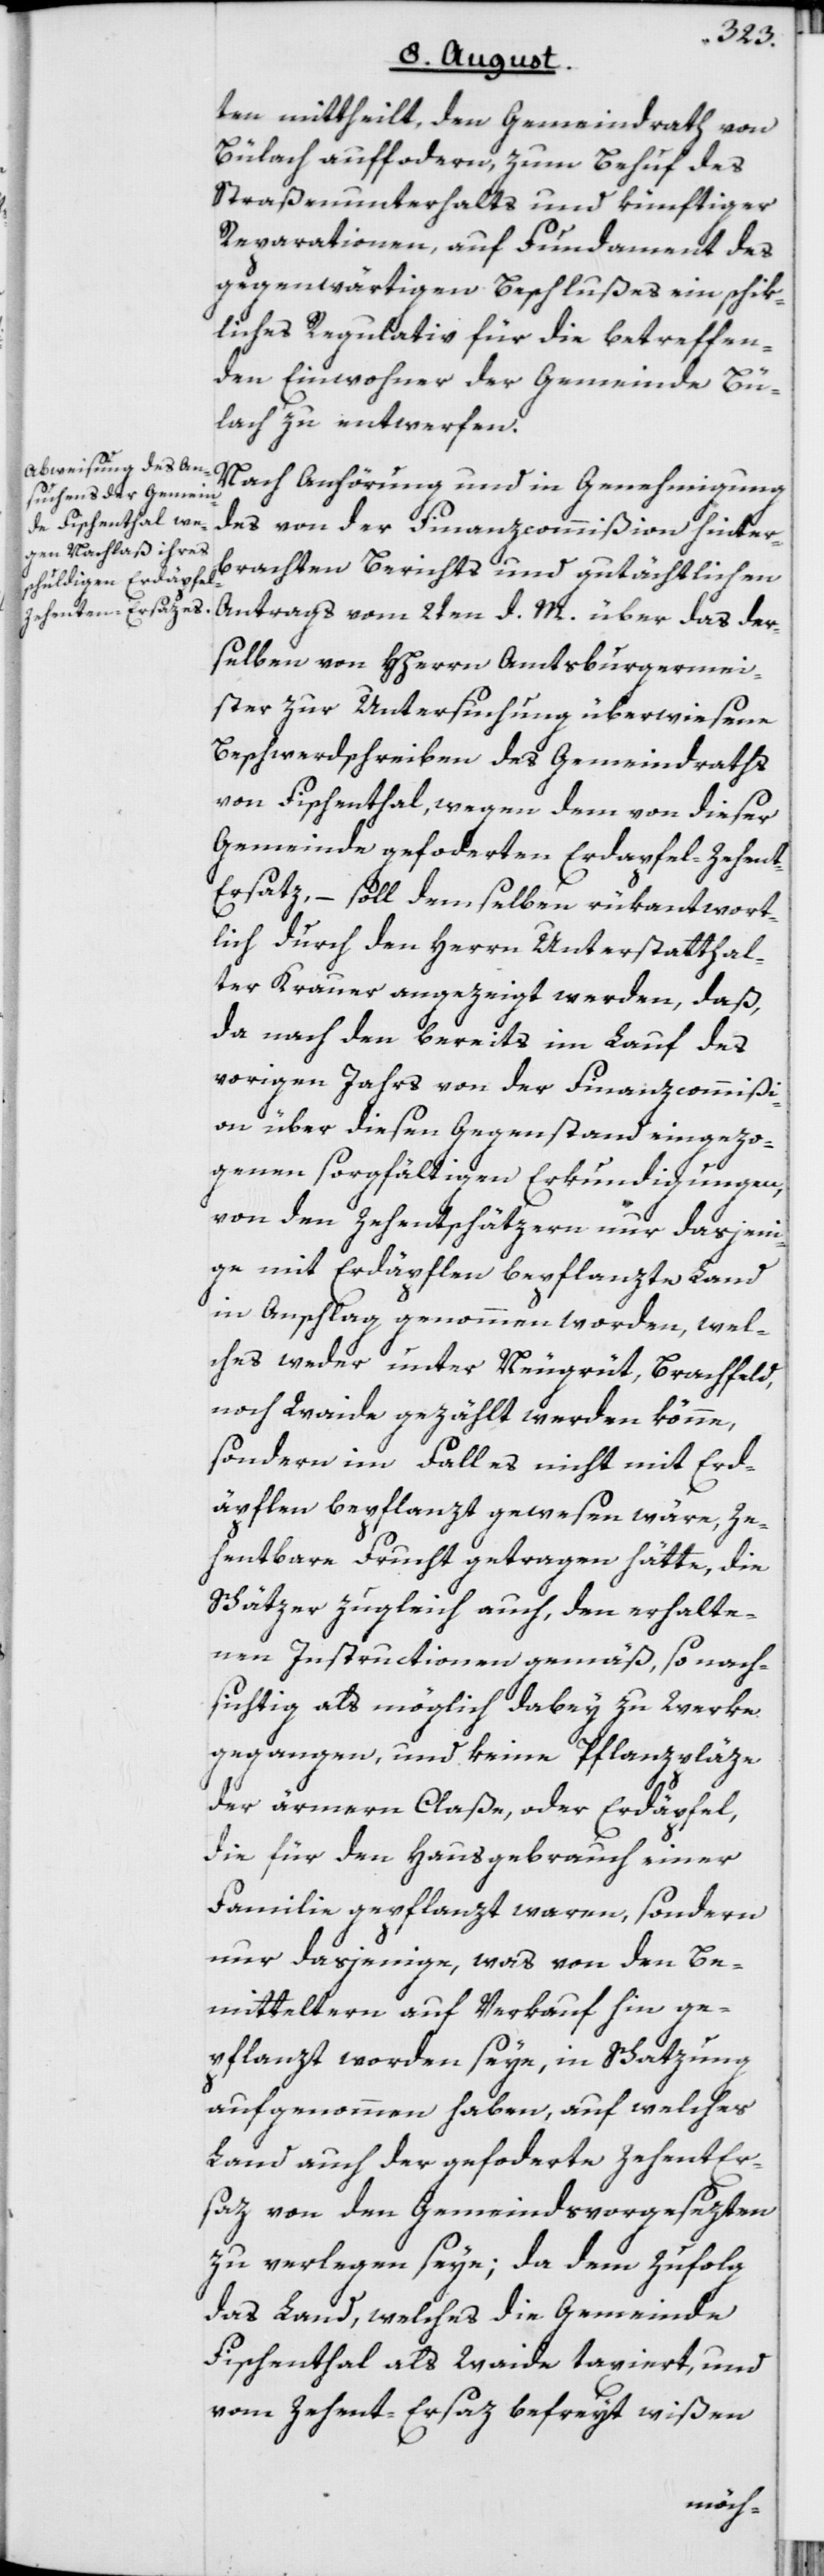
ten mittheilt, den Gemeindrath von
Bülach auffo[r]dern, zum Behuf des
Straßenunterhalts und künftiger
Reparationen, auf Fundament des
gegenwärtigen Beschlußes ein schik¬
liches Regulativ für die betreffen¬
den Einwohner der Gemeinde Bü¬
lach zu entwerfen.
Nach Anhörung und in Genehmigung
des von der Finanzcommißion hinter¬
brachten Berichts und gutächtlichen
Antrags vom 2ten d. M. über das der¬
selben von HHerrn Amtsburgermei¬
ster zur Untersuchung überwiesene
Beschwerdschreiben des Gemeindraths
von Fischenthal, wegen dem von dieser
Gemeinde gefo[r]derten Erdapfel-Zehen¬
t-Ersatz, – soll demselben rükantwort¬
lich durch den Herrn Unterstatthal¬
ter Krauer angezeigt werden, daß,
da nach den bereits im Lauf des
vorigen Jahrs von der Finanzcommißi¬
on über diesen Gegenstand eingezo¬
genen sorgfältigen Erkundigungen,
von den Zehentschätzern nur dasjeni¬
ge mit Erdäpflen bepflanzte Land
in Anschlag genommen worden, wel¬
ches weder unter Neugrüt, Brachfeld,
noch Waide gezählt werden könne,
sondern im Fall es nicht mit Erd¬
äpflen bepflanzt gewesen wäre, Ze¬
hentbare Frucht getragen hätte, die
Schätzer zugleich auch, den erhalte¬
nen Instructionen gemäß, so nach¬
sichtig als möglich dabey zu Werke
gegangen, und keine Pflanzpläze
der ärmern Claße, oder Erdäpfel,
die für den Hausgebrauch einer
Familie gepflanzt waren, sondern
nur dasjenige, was von den Be¬
mitteltern auf Verkauf hin ge¬
pflanzt worden seye, in Schatzung
aufgenommen haben, auf welches
Land auch der gefo[r]derte Zehent-Er¬
saz von den Gemeindsvorgesezten
zu verlegen seye; da dem Zufolg
das Land, welches die Gemeinde
Fischenthal als Waide taxiert, und
vom Zehent-Ersaz befreyt wißen